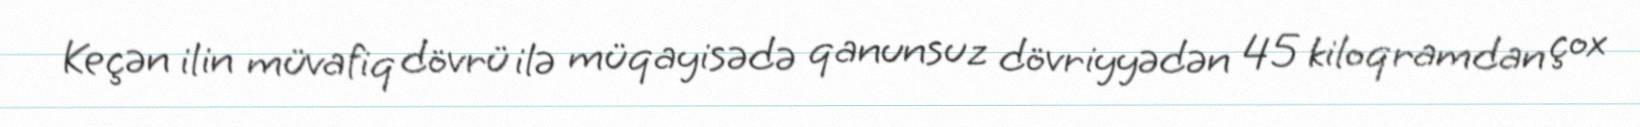
Keçən ilin müvafiq dövrü ilə müqayisədə qanunsuz dövriyyədən 45 kiloqramdan çox